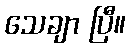
သေချာ ပြီ။